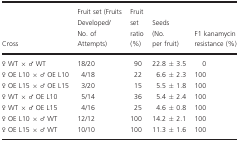
| Cross | Fruit set (Fruits Developed/No. of Attempts) | Fruit set ratio (%) | Seeds (No. per fruit) | F1 kanamycin resistance (%) |
 | --- | --- | --- | --- | --- |
 | ♀ WT × ♂ WT | 18/20 | 90 | 22.8 ± 3.5 | 0 |
 | ♀ OE L10 × ♂ OE L10 | 4/18 | 22 | 6.6 ± 2.3 | 100 |
 | ♀ OE L15 × ♂ OE L15 | 3/20 | 15 | 5.5 ± 1.8 | 100 |
 | ♀ WT × ♂ OE L10 | 5/14 | 36 | 5.4 ± 2.4 | 100 |
 | ♀ WT × ♂ OE L15 | 4/16 | 25 | 4.6 ± 0.8 | 100 |
 | ♀ OE L10 × ♂ WT | 12/12 | 100 | 14.2 ± 2.1 | 100 |
 | ♀ OE L15 × ♂ WT | 10/10 | 100 | 11.3 ± 1.6 | 100 |